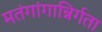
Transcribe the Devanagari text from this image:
मतंगांगान्निर्गता